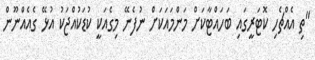
"ތި އެއްޗެހި ކޮޓަރީގައި ބަހައްޓާކަށް މަންމައަކަށް ނުފެނޭ މިގެއަކީ ކުޑަކުއްޖަކު އުޅޭ ގެއެއްނޫން